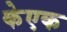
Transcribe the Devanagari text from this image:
केएक